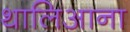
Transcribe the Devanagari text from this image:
थालिआना